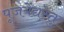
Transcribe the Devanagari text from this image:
पूजयेद्यस्तु